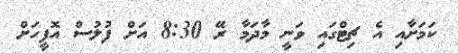
ކަމަށާއި އެ ޗިޓްގައި ވަނީ މާދަމާ ރޭ 8:30 އަށް ފުލުސް އޮފީހަށް